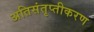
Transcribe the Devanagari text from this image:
अतिसंतृप्तीकरण